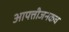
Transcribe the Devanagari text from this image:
आपत्तीजनकच